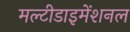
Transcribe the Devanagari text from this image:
मल्टीडाइमेंशनल